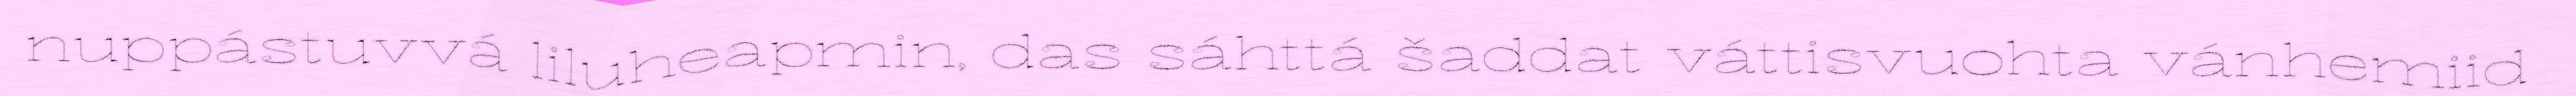
nuppástuvvá liluheapmin, das sáhttá šaddat váttisvuohta vánhemiid